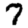
Digit: 7